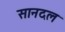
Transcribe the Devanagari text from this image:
सानदल